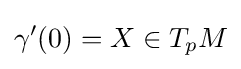
\gamma '(0)=X\in T_{p}M